Annual administration and progress report of the Indian Medical Department, Bombay
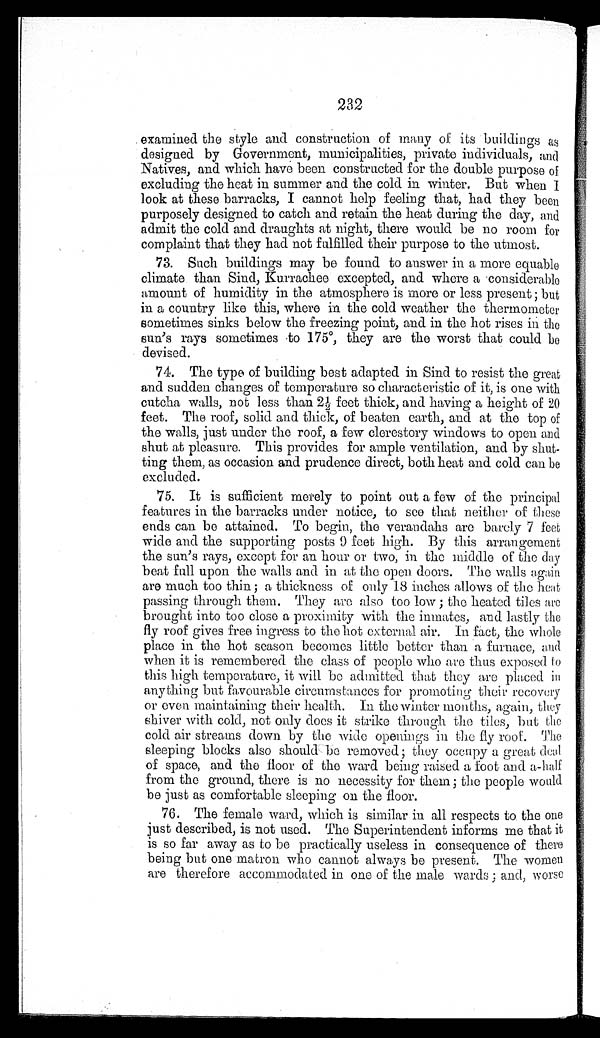
232
examined the style and construction of many of its buildings as
designed by Government, municipalities, private individuals, and
Natives, and which have been constructed for the double purpose of
excluding the heat in summer and the cold in winter. But when I
look at these barracks, I cannot help feeling that, had they been
purposely designed to catch and retain the heat during the day, and
admit the cold and draughts at night, there would be no room for
complaint that they had not fulfilled their purpose to the utmost.
73. Such buildings may be found to answer in a more equable
climate than Sind, Kurrachee excepted, and where a considerable
amount of humidity in the atmosphere is more or less present ; but
in a country like this, where in the cold weather the thermometer
sometimes sinks below the freezing point, and in the hot rises in the
sun’s rays sometimes to 175°, they are the worst that could be
devised.
74. The type of building best adapted in Sind to resist the great
and sudden changes of temperature so characteristic of it, is one with
cutcha walls, not less than 2½ feet thick, and having a height of 20
feet. The roof, solid and thick, of beaten earth, and at the top of
the walls, just under the roof, a few clerestory windows to open and
shut at pleasure. This provides for ample ventilation, and by shut
-ting them, as occasion and prudence direct, both heat and cold can be
excluded.
75. It is sufficient merely to point out a few of the principal
features in the barracks under notice, to see that neither of these
ends can be attained. To begin, the verandahs are barely 7 feet
wide and the supporting posts 9 feet high. By this arrangement
the sun’s rays, except for an hour or two, in the middle of the day
beat full upon the walls and in at the open doors. The walls again
are much too thin ; a thickness of only 18 inches allows of the heat
passing through them. They are also too low ; the heated tiles are
brought into too close a proximity with the inmates, and lastly the
fly roof gives free ingress to the hot external air. In fact, the whole
place in the hot season becomes little better than a furnace, and
when it is remembered the class of people who are thus exposed to
this high temperature, it will be admitted that they are placed in
anything but favourable circumstances for promoting their recovery
or even maintaining their health. In the winter months, again, they
shiver with cold, not only does it strike through the tiles, but die
cold air streams down by the wide openings in the fly roof. The
sleeping blocks also should be removed ; they occupy a great deal
of space, and the floor of the ward being raised a foot and a-half
from the ground, there is no necessity for them ; the people would
be just as comfortable sleeping on the floor.
76. The female ward, which is similar in all respects to the one
just described, is not used. The Superintendent informs me that it
is so far away as to be practically useless in consequence of there
being but one matron who cannot always be present. The women
are therefore accommodated in one of the male wards ; and, worse